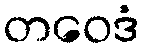
တဝေဒံ